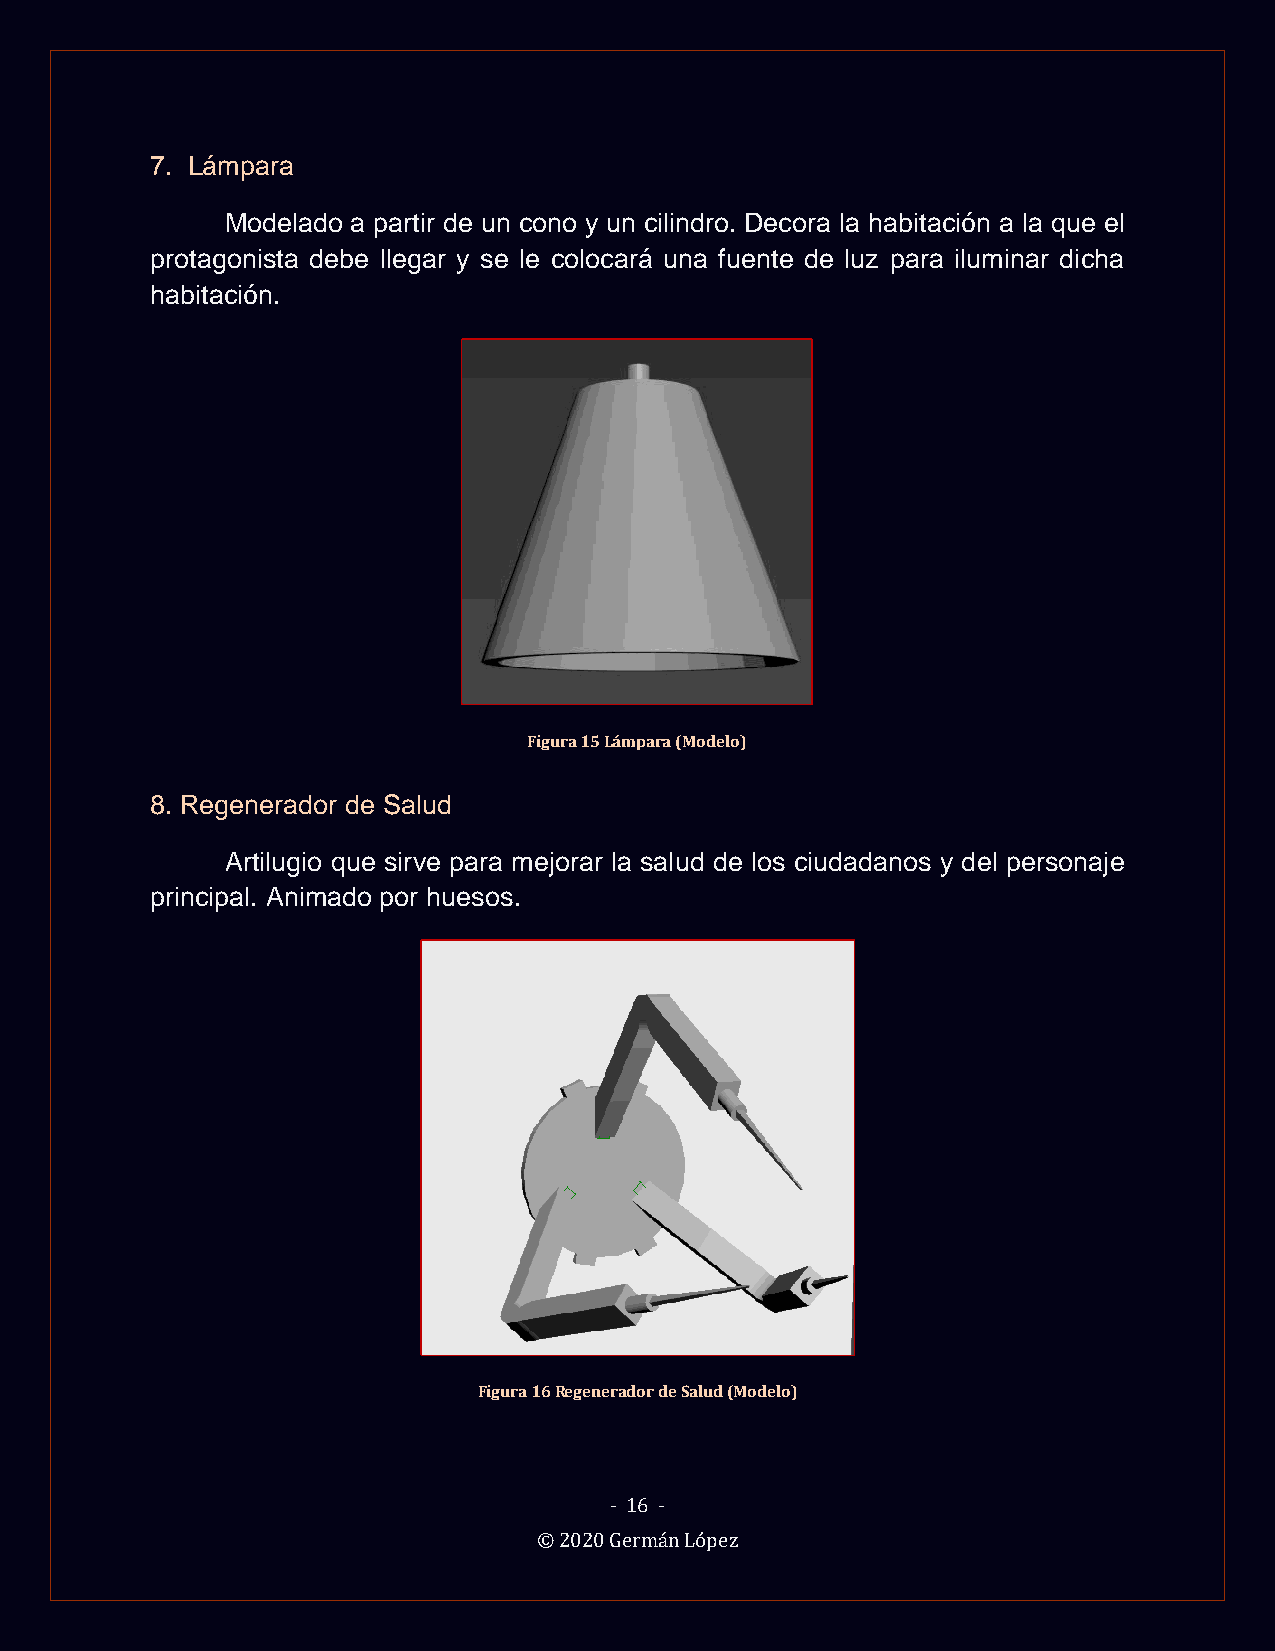
7. Lámpara
 Modelado a partir de un cono y un cilindro. Decora la habitación a la que el
 protagonista debe llegar y se le colocará una fuente de luz para iluminar dicha
 habitación.
 Figura 15 Lámpara (Modelo)
 8. Regenerador de Salud
 Artilugio que sirve para mejorar la salud de los ciudadanos y del personaje
 principal. Animado por huesos.
 Figura 16 Regenerador de Salud (Modelo)
 - 16 -
 © 2020 Germán López